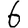
Digit: 6